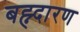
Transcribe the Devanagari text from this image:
बह्न्दारण